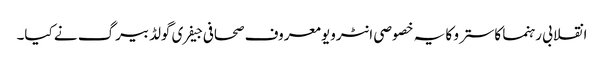
انقلابی رہنما کاسترو کا یہ خصوصی انٹرویو معروف صحافی جیفری گولڈبیرگ نے کیا۔